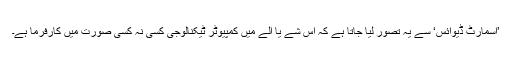
’اسمارٹ ڈیوائس‘ سے یہ تصور لیا جاتا ہے کہ اس شے یا آلے میں کمپیوٹر ٹیکنالوجی کسی نہ کسی صورت میں کارفرما ہے۔